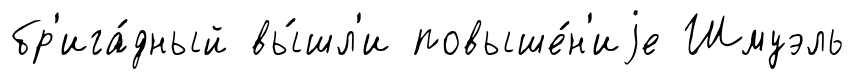
бр'ига́дный вы́шл'и повыше́н'иjе Шмуэль